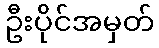
ဦးပိုင်အမှတ်